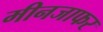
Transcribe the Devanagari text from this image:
मीनजाफर